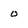
Character: 0